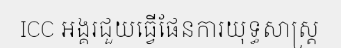
ICC អង្គរជួយធ្វើផែនការយុទ្ធសាស្ត្រ